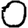
Digit: 0